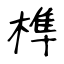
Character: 榫